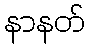
နာနတ်